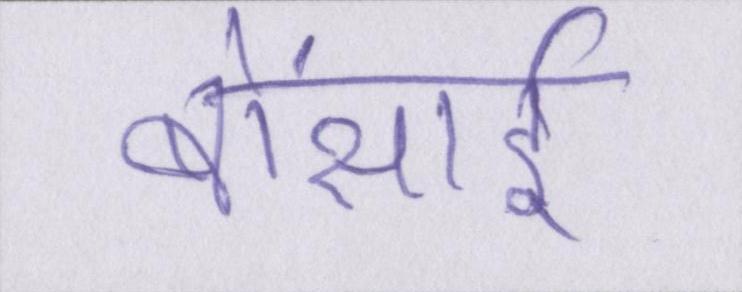
बोंसाई